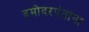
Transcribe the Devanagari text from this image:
दमोदरपंतांना